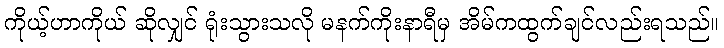
ကိုယ့်ဟာကိုယ် ဆိုလျှင် ရုံးသွားသလို မနက်ကိုးနာရီမှ အိမ်ကထွက်ချင်လည်းရသည်။